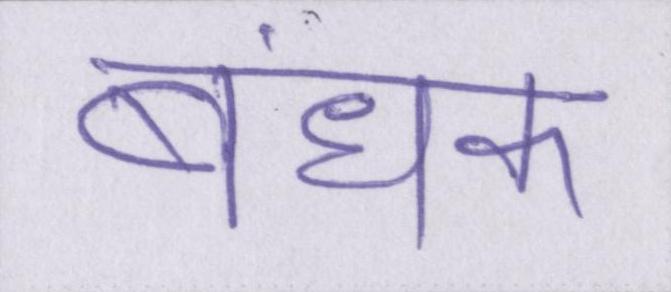
बंधक